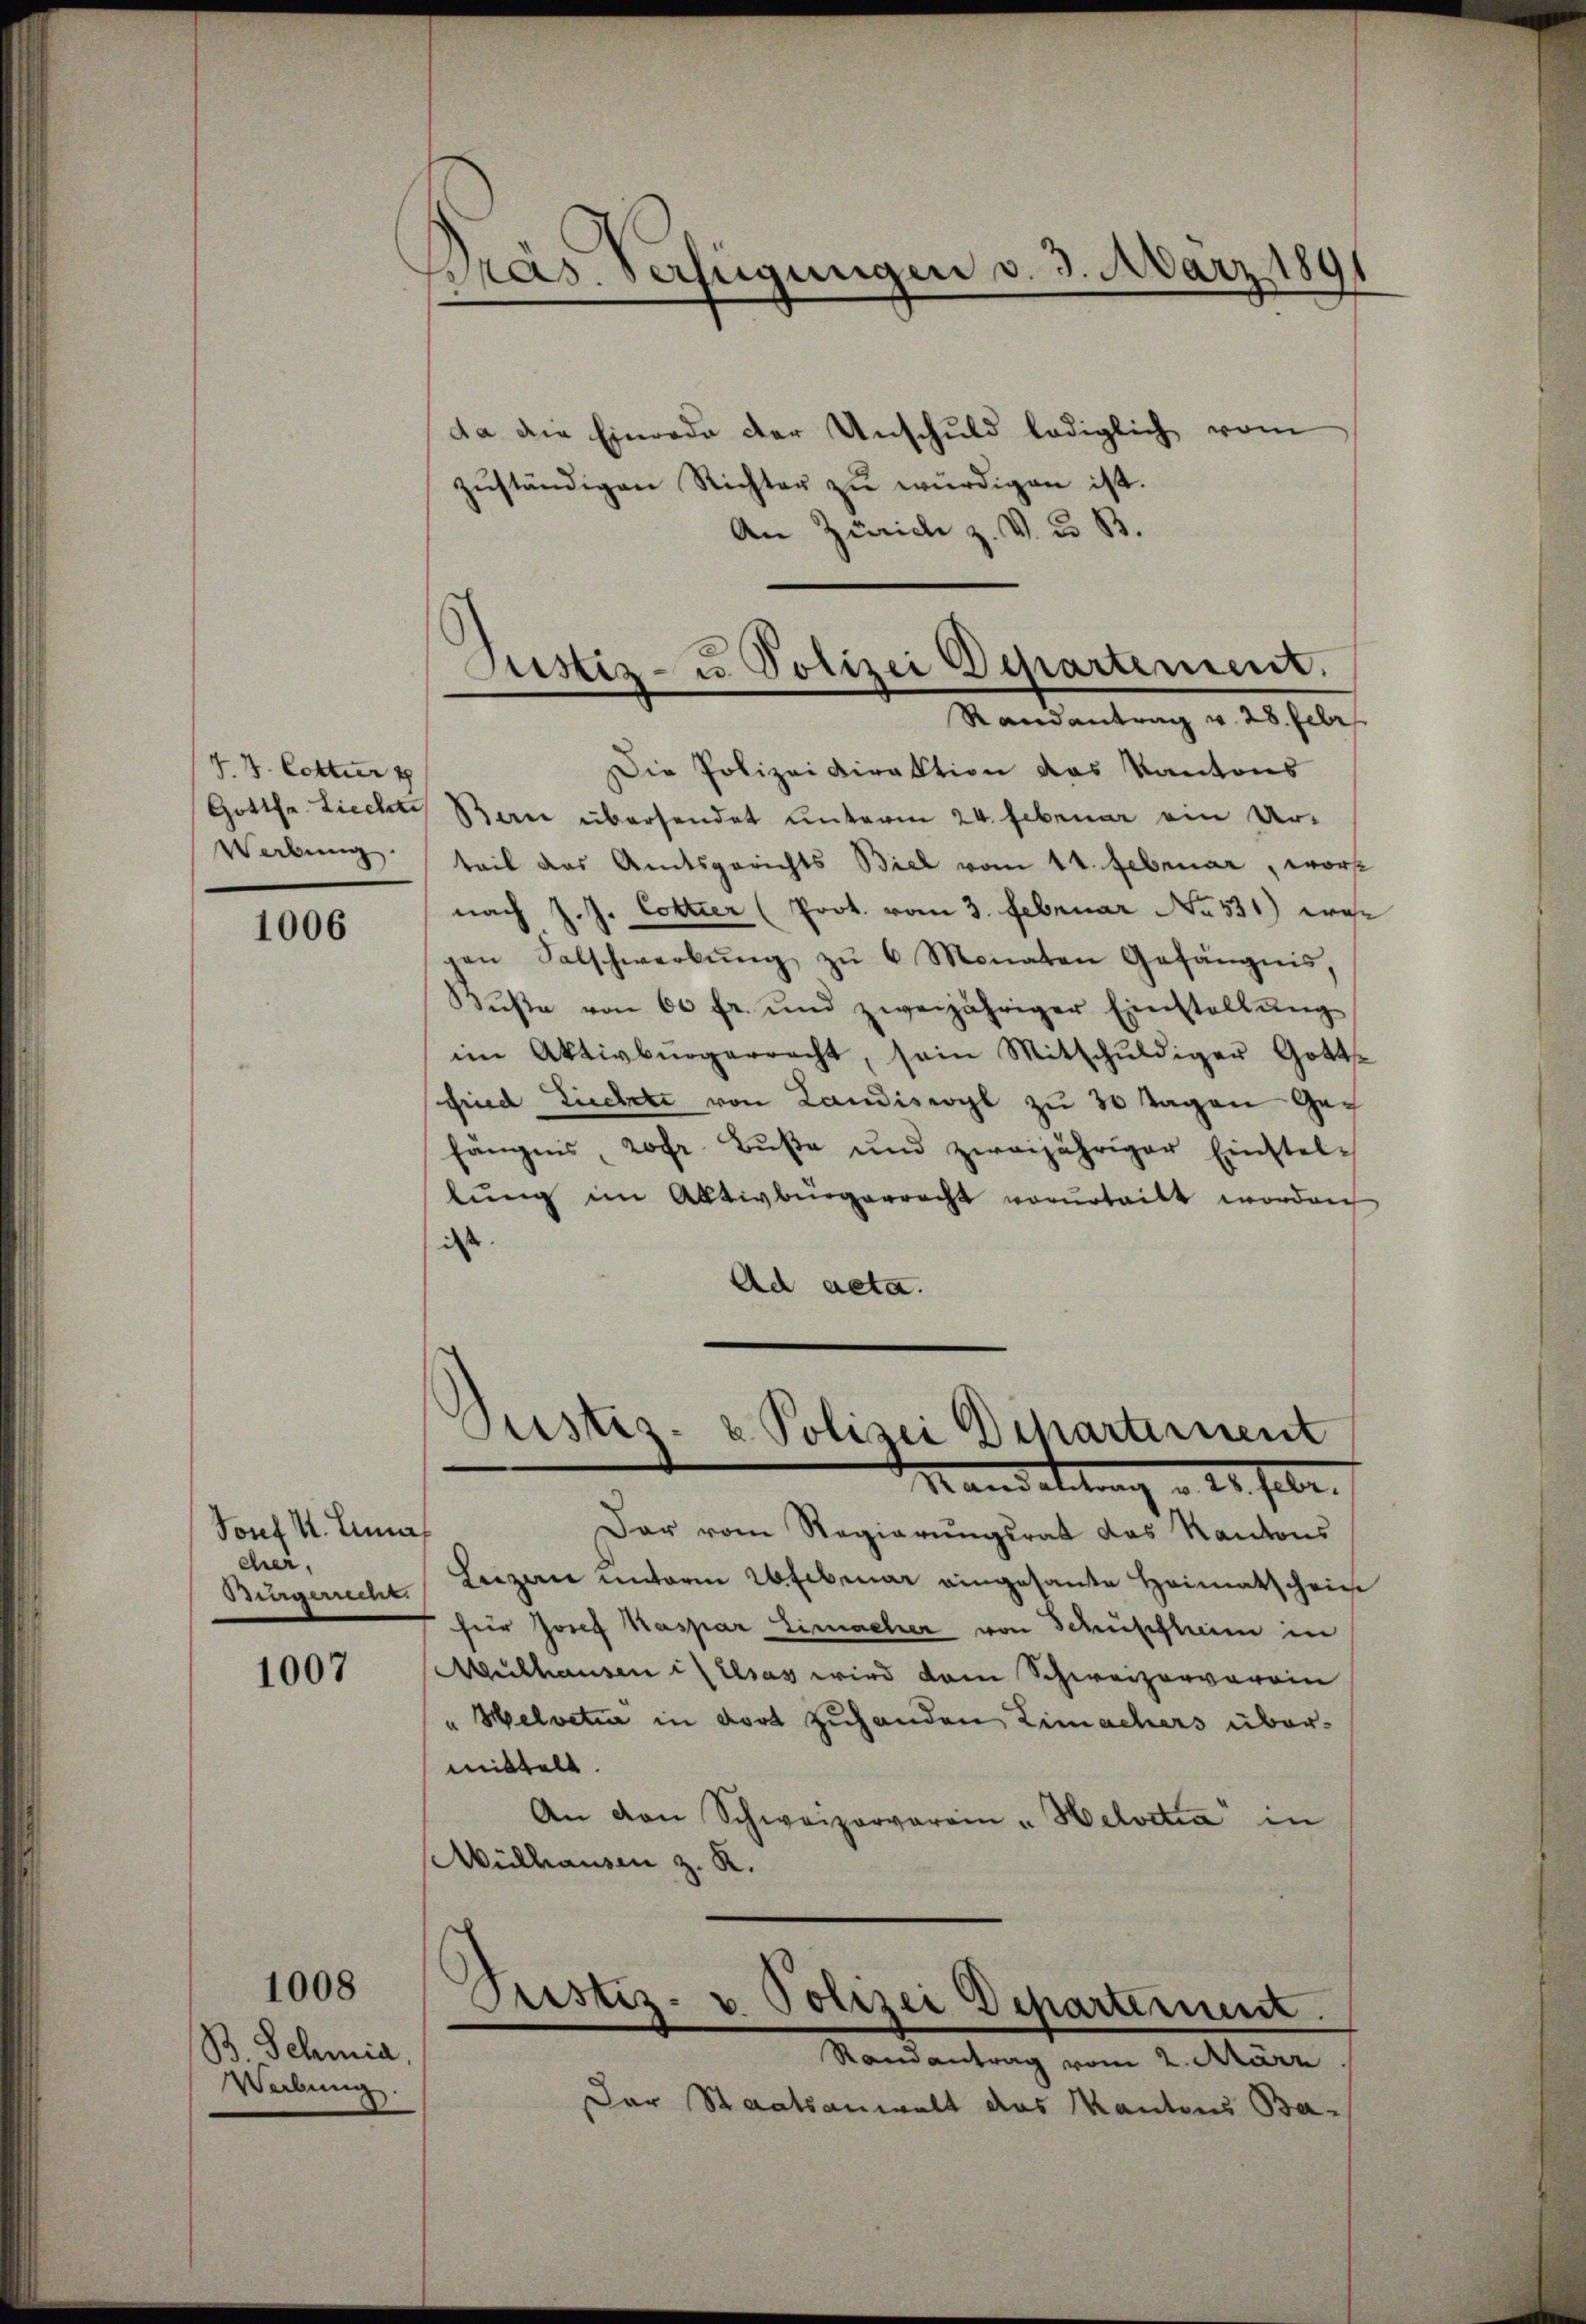
J. V. Cotter 1
Gottfr. Liechte
Webung
.

1006

Josef I. Anna
cher,

1007

B. Schmid,
Werbung.

1008

Pras. verfügungen v. 3. März 189

Justiz- u. Polizei Departement.
d
Randantrag v. 28. Febr.

da die Einrade der Anschuld lediglich vom
zŭständigen Richter zŭ würdigen ist.
An Zürich z. V. u. B.
Die Polizeidirektion das Kantons
Barne übersendet unterm 24. Februar ein Urteil das Amtsgerichts Biel vom 14. Februar, wor
nach J. J. Cottier (Prot. vom 3. Februar No. 531) was
gen Salschwerbŭng zŭ 6 Monaten Gefängnis,
Bŭβe von 60 fr. und zweijähriger Einstellŭng
im Aktivbürgerrecht, sein Mitschŭldiger Gotts-
fried Liechte von Landiswyl zu 30 Tagen Gefängnis, rofr Bŭβe und zweijähriger Einstel-
lung im Aktivbürgerrecht verurteilt worden
iss
Ad aeta.
Pustiz- & Polizei Departement
Mandattung v. 21. Febr.
Dar vom Regierungsrat das Kantons
Bürgerrecht Luzern unterm 26 Februar eingesante Heimatschrie
für Josef Kaspar Einmacher von Schuschleim in
Mulhausen in Elsass wird dem Schweizerverein
" Helvetie in dort zuhanden Limachers übermittelt.
An von Schweizerverain - Helvetia" in
Mülhausen z. R.
Justiz- u. Polizei Departement.
Randantrag vom 2. März
Der Staatsanwalt das Kantons Ba¬